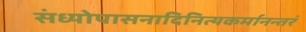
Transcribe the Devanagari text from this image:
संध्योपासनादिनित्यकर्मानन्तरं